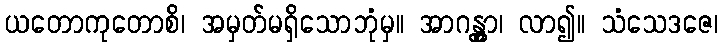
ယတောကုတောစိ၊ အမှတ်မရှိသောဘုံမှ။ အာဂန္တွာ၊ လာ၍။ သံသေဒဇေ၊